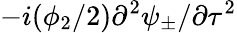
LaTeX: -i(\phi_{2}/2)\partial^{2}\psi_{\pm}/\partial\tau^{2}